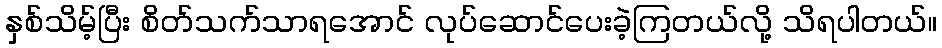
နှစ်သိမ့်ပြီး စိတ်သက်သာရအောင် လုပ်ဆောင်ပေးခဲ့ကြတယ်လို့ သိရပါတယ်။